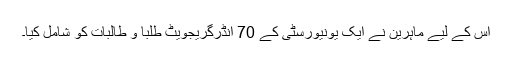
اس کے لیے ماہرین نے ایک یونیورسٹی کے 70 انڈرگریجویٹ طلبا و طالبات کو شامل کیا۔